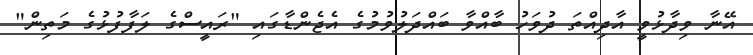
އޭނާ ވިދާޅުވީ އާދިއްތަ ދުވަހު ބާއްވާ ބައްދަލުވުމުގެ އެޖެންޑާގައި "ރައީސްގެ ލަފާފުޅުގެ މަތިން"